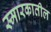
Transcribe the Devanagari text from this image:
स्मारकातील